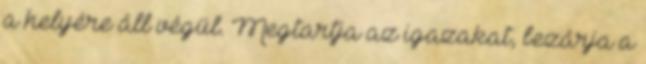
a helyére áll végül. Megtartja az igazakat, bezárja a